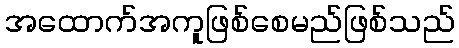
အထောက်အကူဖြစ်စေမည်ဖြစ်သည်